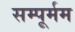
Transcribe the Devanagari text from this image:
सम्पूर्मम